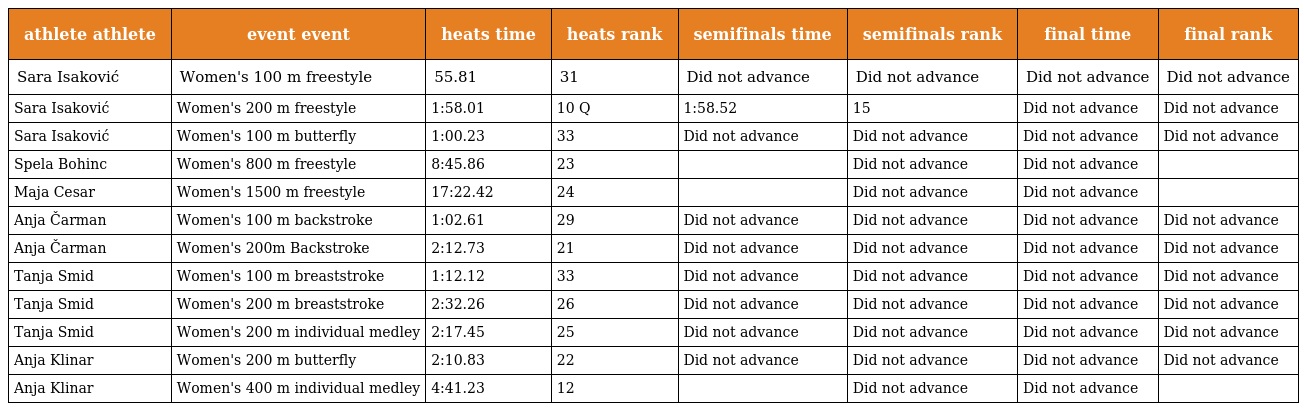
| athlete athlete | event event | heats time | heats rank | semifinals time | semifinals rank | final time | final rank |
 | --- | --- | --- | --- | --- | --- | --- | --- |
 | Sara Isaković | Women's 100 m freestyle | 55.81 | 31 | Did not advance | Did not advance | Did not advance | Did not advance |
 | Sara Isaković | Women's 200 m freestyle | 1:58.01 | 10 Q | 1:58.52 | 15 | Did not advance | Did not advance |
 | Sara Isaković | Women's 100 m butterfly | 1:00.23 | 33 | Did not advance | Did not advance | Did not advance | Did not advance |
 | Spela Bohinc | Women's 800 m freestyle | 8:45.86 | 23 |  | Did not advance | Did not advance |  |
 | Maja Cesar | Women's 1500 m freestyle | 17:22.42 | 24 |  | Did not advance | Did not advance |  |
 | Anja Čarman | Women's 100 m backstroke | 1:02.61 | 29 | Did not advance | Did not advance | Did not advance | Did not advance |
 | Anja Čarman | Women's 200m Backstroke | 2:12.73 | 21 | Did not advance | Did not advance | Did not advance | Did not advance |
 | Tanja Smid | Women's 100 m breaststroke | 1:12.12 | 33 | Did not advance | Did not advance | Did not advance | Did not advance |
 | Tanja Smid | Women's 200 m breaststroke | 2:32.26 | 26 | Did not advance | Did not advance | Did not advance | Did not advance |
 | Tanja Smid | Women's 200 m individual medley | 2:17.45 | 25 | Did not advance | Did not advance | Did not advance | Did not advance |
 | Anja Klinar | Women's 200 m butterfly | 2:10.83 | 22 | Did not advance | Did not advance | Did not advance | Did not advance |
 | Anja Klinar | Women's 400 m individual medley | 4:41.23 | 12 |  | Did not advance | Did not advance |  |